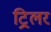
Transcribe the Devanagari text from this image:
ट्रिलर